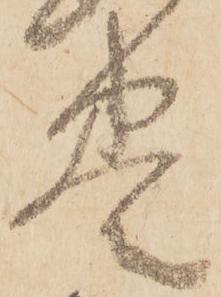
巻